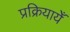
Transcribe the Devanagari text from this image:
प्रक्रियायेँ